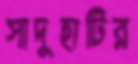
সাদুহাটির